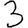
Digit: 3